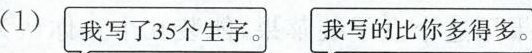
(1) 我写了35个生字。 我写的比你多得多。